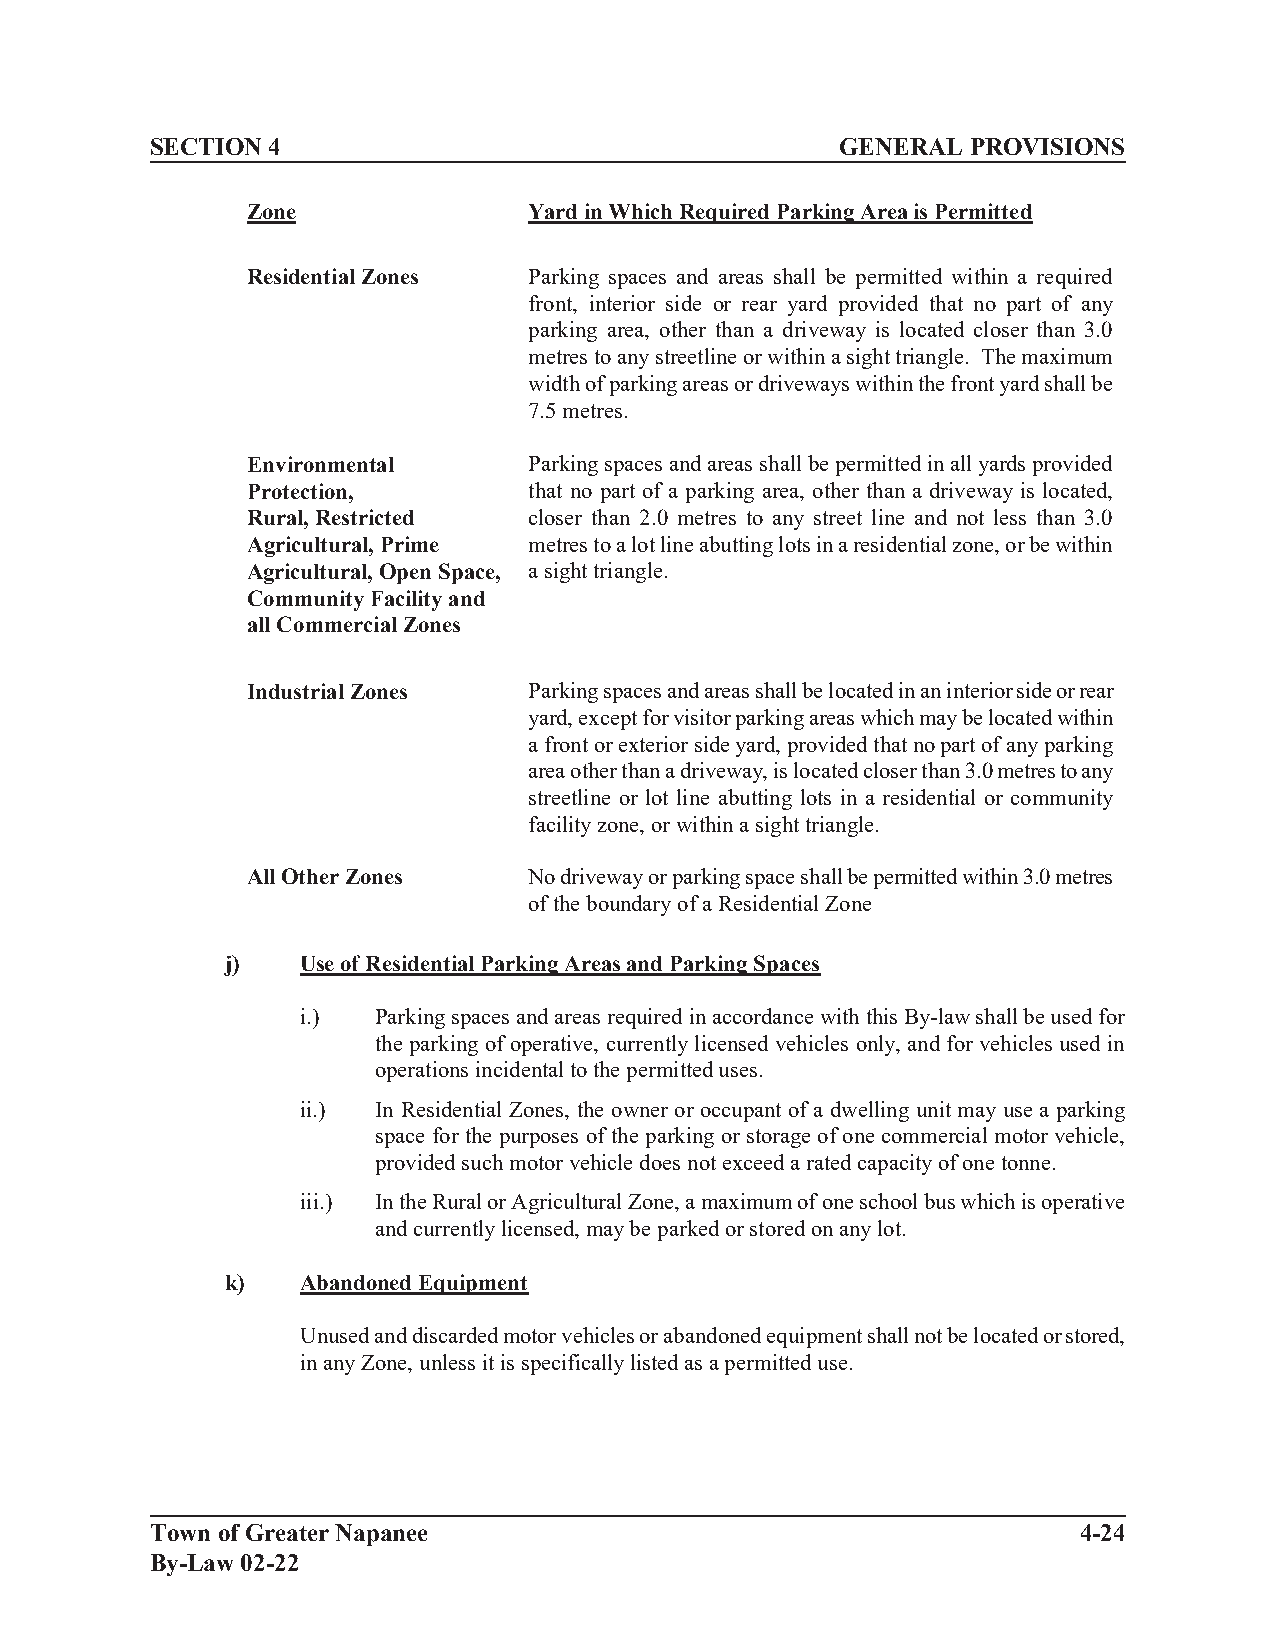
SECTION 4                                     GENERAL PROVISIONS
 Zone               Yard in Which Required Parking Area is Permitted
 Residential Zones  Parking spaces and areas shall be permitted within a required
 front, interior side or rear yard provided that no part of any
 parking area, other than a driveway is located closer than 3.0
 metres to any streetline or within a sight triangle. The maximum
 width of parking areas or driveways within the front yard shall be
 7.5 metres.
 Environmental      Parking spaces and areas shall be permitted in all yards provided
 Protection,        that no part of a parking area, other than a driveway is located,
 Rural, Restricted  closer than 2.0 metres to any street line and not less than 3.0
 Agricultural, Prime metres to a lot line abutting lots in a residential zone, or be within
 Agricultural, Open Space, a sight triangle.
 Community Facility and
 all Commercial Zones
 Industrial Zones   Parking spaces and areas shall be located in an interior side or rear
 yard, except for visitor parking areas which may be located within
 a front or exterior side yard, provided that no part of any parking
 area other than a driveway, is located closer than 3.0 metres to any
 streetline or lot line abutting lots in a residential or community
 facility zone, or within a sight triangle.
 All Other Zones    No driveway or parking space shall be permitted within 3.0 metres
 of the boundary of a Residential Zone
 j)   Use of Residential Parking Areas and Parking Spaces
 i.)  Parking spaces and areas required in accordance with this By-law shall be used for
 the parking of operative, currently licensed vehicles only, and for vehicles used in
 operations incidental to the permitted uses.
 ii.) In Residential Zones, the owner or occupant of a dwelling unit may use a parking
 space for the purposes of the parking or storage of one commercial motor vehicle,
 provided such motor vehicle does not exceed a rated capacity of one tonne.
 iii.) In the Rural or Agricultural Zone, a maximum of one school bus which is operative
 and currently licensed, may be parked or stored on any lot.
 k)   Abandoned Equipment
 Unused and discarded motor vehicles or abandoned equipment shall not be located or stored,
 in any Zone, unless it is specifically listed as a permitted use.
 Town of Greater Napanee                                      4-24
 By-Law 02-22